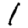
Digit: 1